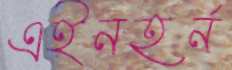
এইনহর্ন